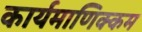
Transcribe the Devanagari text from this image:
कार्यमाणिक्कम